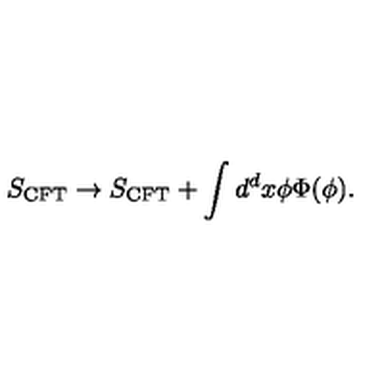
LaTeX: S _ { \mathrm { C F T } } \to S _ { \mathrm { C F T } } + \int d ^ { d } x \phi \Phi ( \phi ) .